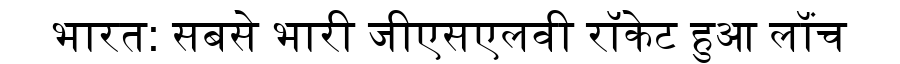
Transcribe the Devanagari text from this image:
भारत: सबसे भारी जीएसएलवी रॉकेट हुआ लॉंच